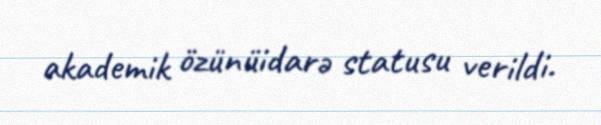
akademik özünüidarə statusu verildi.